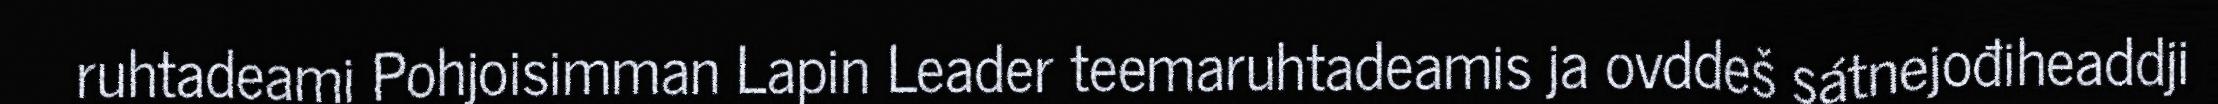
ruhtadeami Pohjoisimman Lapin Leader teemaruhtadeamis ja ovddeš sátnejođiheaddji